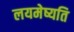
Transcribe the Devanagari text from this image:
लयमेष्यति